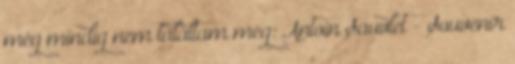
még mindig nem találtam meg: Antoin Sauvlet - Souvenir